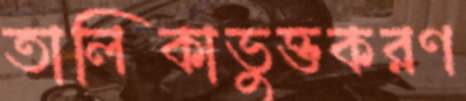
তালিকাভুক্তকরণ